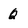
Character: Q